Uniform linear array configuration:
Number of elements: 64
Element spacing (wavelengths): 0.5
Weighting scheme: kaiser
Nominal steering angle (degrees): -30
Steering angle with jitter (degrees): -29.746
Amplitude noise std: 0.05
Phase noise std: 0.05

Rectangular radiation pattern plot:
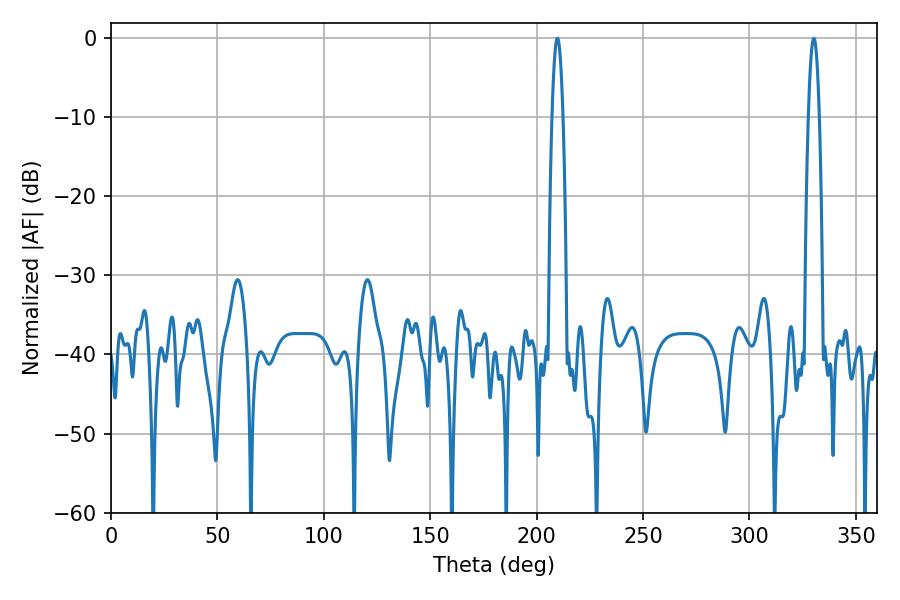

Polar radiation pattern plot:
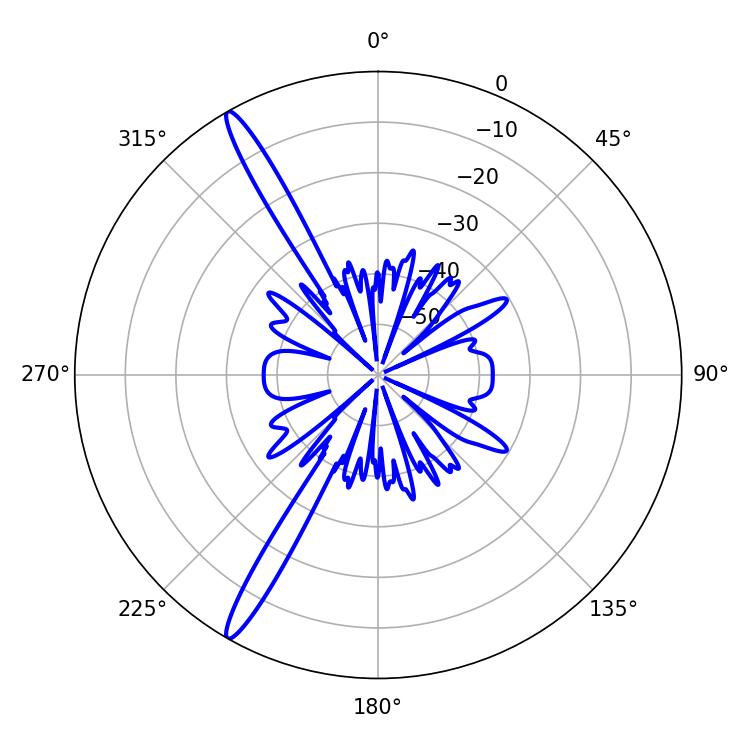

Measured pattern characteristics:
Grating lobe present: FALSE
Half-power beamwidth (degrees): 2.7
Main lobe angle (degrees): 209.7